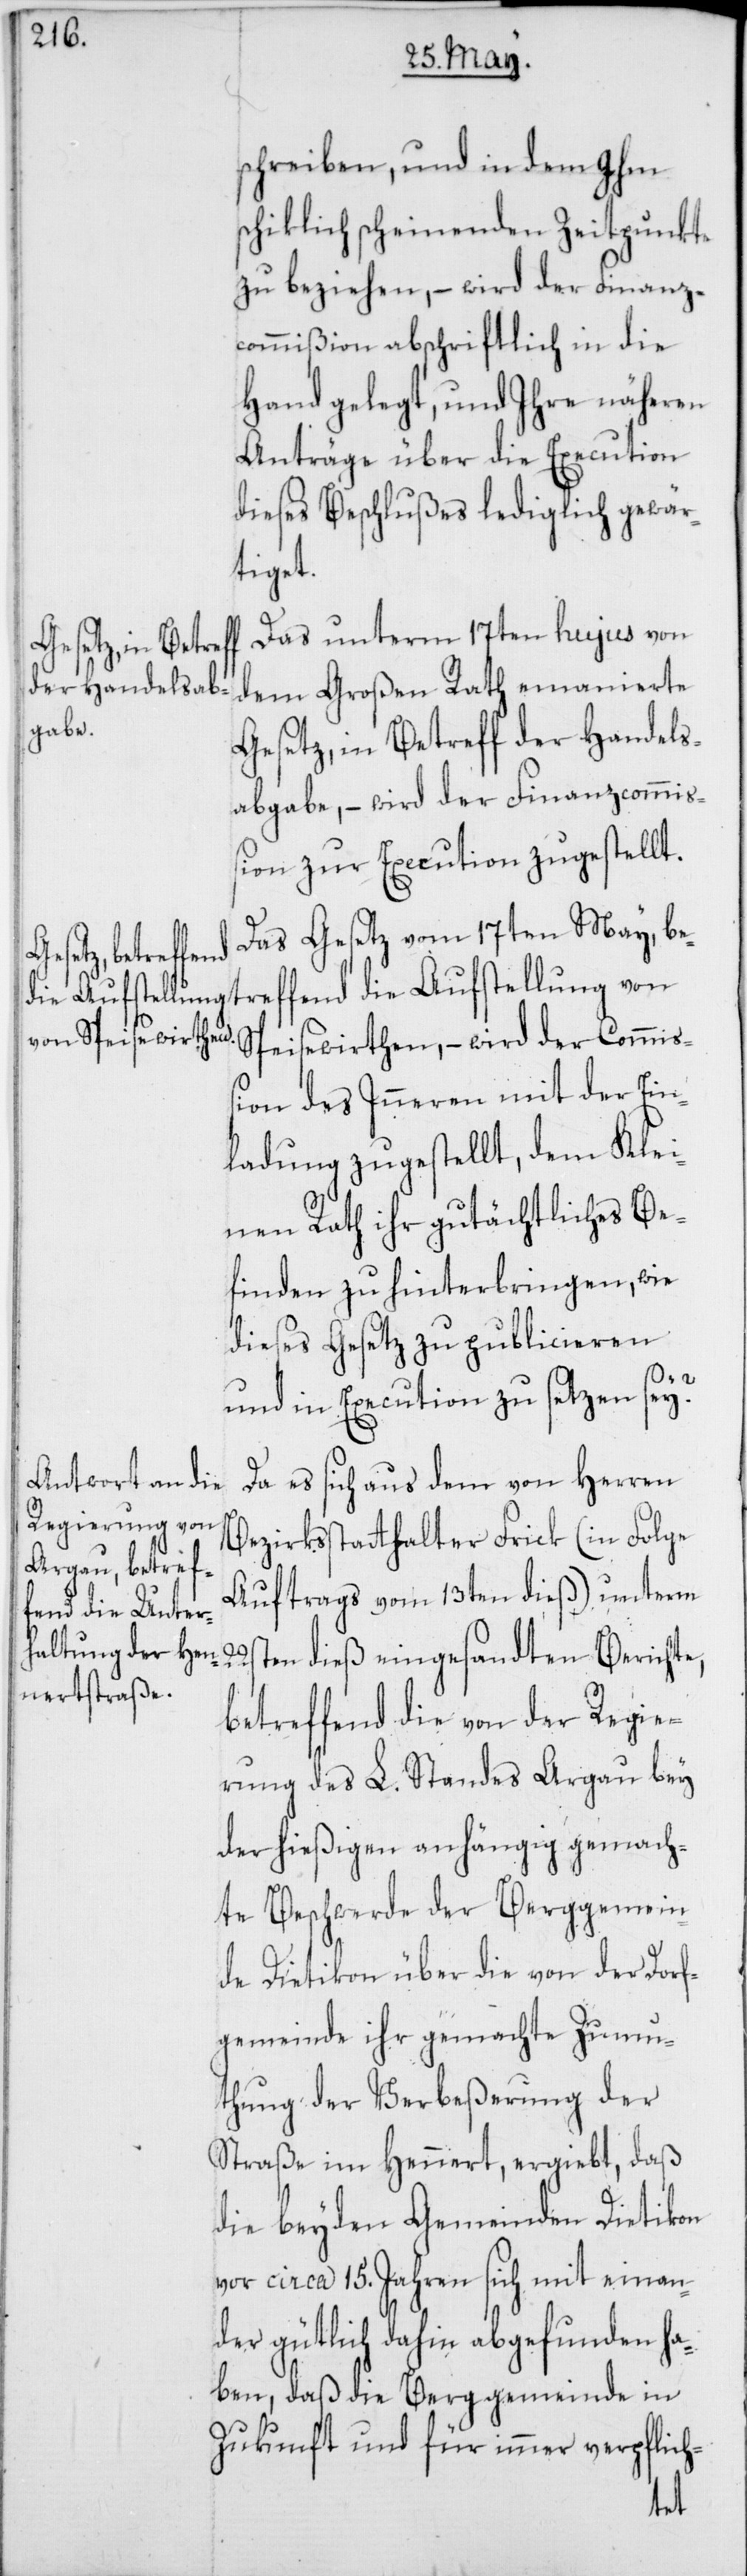
schreiben, und in dem Ihm
chiklich scheinenden Zeitpunkte
zu beziehen, – wird der Finanz¬
commißion abschriftlich in die
Hand gelegt, und Ihre näheren
Anträge über die Execution
dieses Beschlußes lediglich gewär¬
tiget.
Das unterm 17ten hujus von
dem Großen Rath emanierte
Gesetz, in Betreff der Handels¬
abgabe, – wird der Finanzcommi¬
ßion zur Execution zugestellt.
Das Gesetz vom 17ten May, bet¬
reffend die Aufstellung von
Speisewirthen, – wird der Commiß¬
ion des Inneren mit der Ein¬
ladung zugestellt, dem Klei¬
nen Rath ihr gutächtliches Be¬
finden zu hinterbringen, wie
dieses Gesetz zu publizieren
s¬
und in Execution zu setzen sey?
Da es sich aus dem von Herren
Bezirksstatthalter Frick (in Folge
Auftrags vom 13ten dieß) unterm
22sten dieß eingesandten Berichte,
betreffend die von der Regie¬
rung des L. Standes Argau bey
der hießigen anhängig gemach¬
te Beschwerde der Berggemein¬
de Dietikon über die von der Dorf¬
gemeinde ihr gemachte Zumu¬
tung der Verbeßerung der
Straße im Hennert, ergiebt, daß
die beyden Gemeinden Dietikon
vor ca. 15. Jahren sich mit einan¬
der gütlich dahin abgefunden ha¬
ben, daß die Berggemeinde in
Zukunft und für immer verpflich-